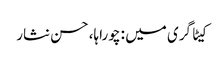
کیٹاگری میں : چوراہا، حسن نثار